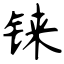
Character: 铼